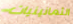
الثمانينيات